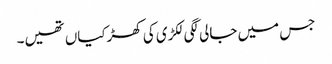
جس میں جالی لگی لکڑی کی کھڑکیاں تھیں۔